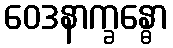
ဝေဒနာက္ခန္ဓော